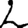
Digit: 2